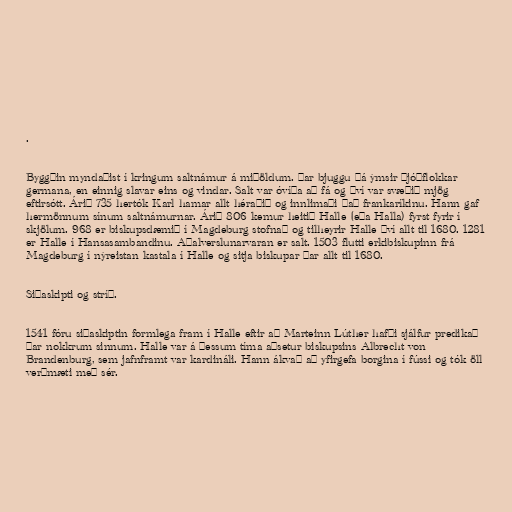
.

Byggðin myndaðist í kringum saltnámur á miðöldum. Þar bjuggu þá ýmsir þjóðflokkar
germana, en einnig slavar eins og vindar. Salt var óvíða að fá og því var svæðið mjög
eftirsótt. Árið 735 hertók Karl hamar allt héraðið og innlimaði það frankaríkinu. Hann gaf
hermönnum sínum saltnámurnar. Árið 806 kemur heitið Halle (eða Halla) fyrst fyrir í
skjölum. 968 er biskupsdæmið í Magdeburg stofnað og tilheyrir Halle því allt til 1680. 1281
er Halle í Hansasambandinu. Aðalverslunarvaran er salt. 1503 flutti erkibiskupinn frá
Magdeburg í nýreistan kastala í Halle og sitja biskupar þar allt til 1680.

Siðaskipti og stríð.

1541 fóru siðaskiptin formlega fram í Halle eftir að Marteinn Lúther hafði sjálfur predikað
þar nokkrum sinnum. Halle var á þessum tíma aðsetur biskupsins Albrecht von
Brandenburg, sem jafnframt var kardináli. Hann ákvað að yfirgefa borgina í fússi og tók öll
verðmæti með sér.